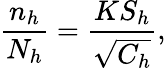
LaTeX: {\frac{n_{h}}{N_{h}}}={\frac{KS_{h}}{\sqrt{C_{h}}}},